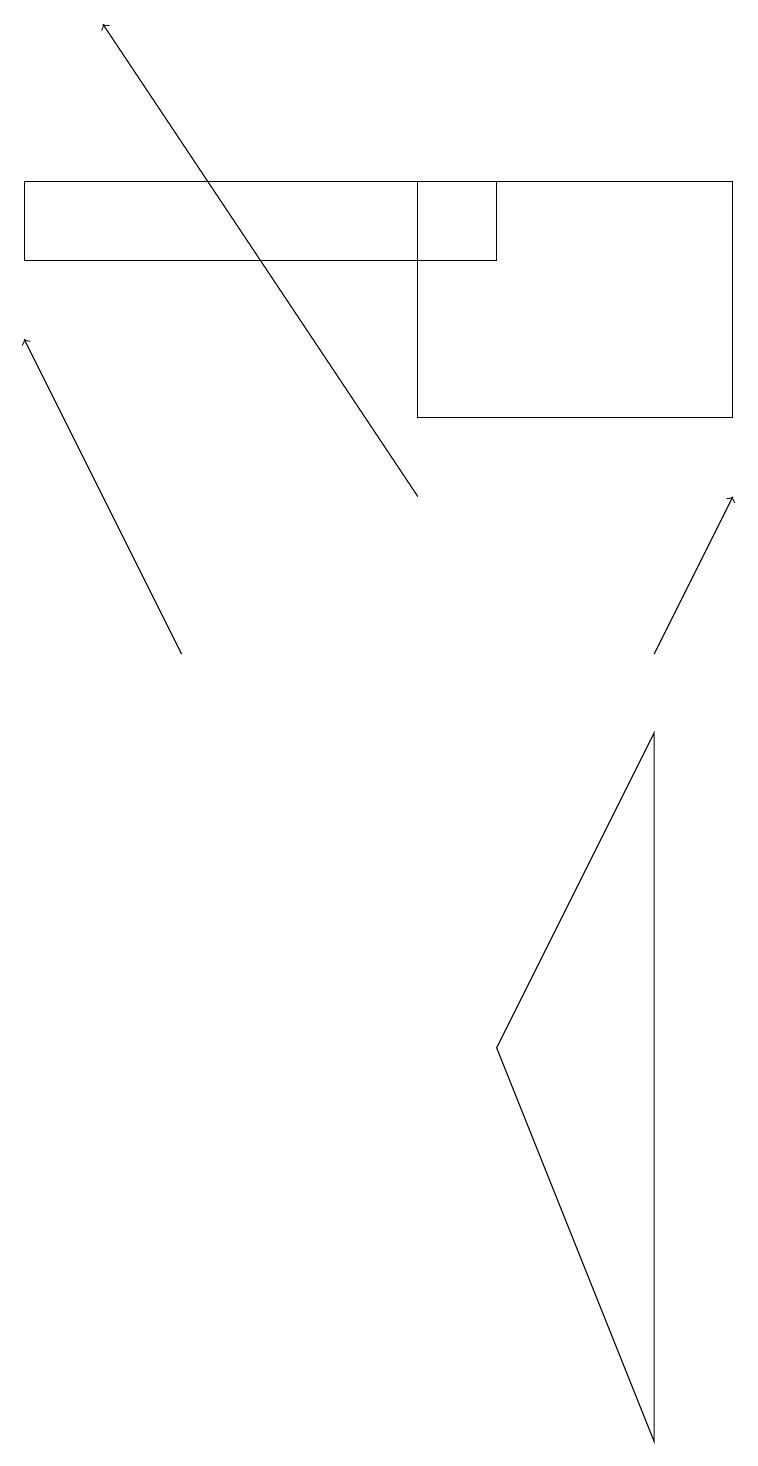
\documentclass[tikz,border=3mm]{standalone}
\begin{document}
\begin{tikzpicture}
\draw[->] (2,10) -- (0,14);
\draw (5,13) rectangle (9,16);
\draw[->] (5,12) -- (1,18);
\draw (6,5) -- (8,0) -- (8,9) -- cycle;
\draw[->] (8,10) -- (9,12);
\draw (0,15) rectangle (6,16);
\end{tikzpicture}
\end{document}